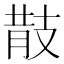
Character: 𢻎